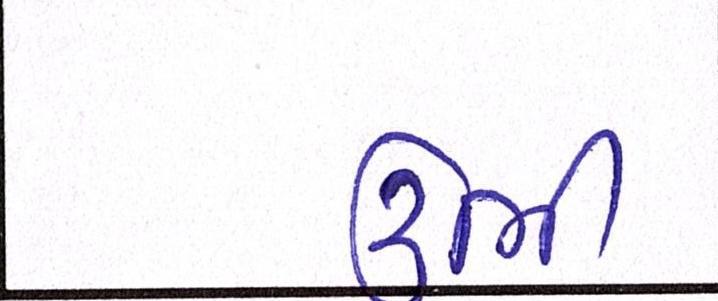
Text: ઉભી